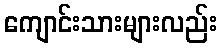
ကျောင်းသားများလည်း